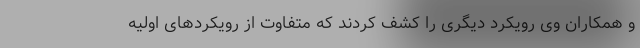
و همکاران وی رویکرد دیگری را کشف کردند که متفاوت از رویکردهای اولیه